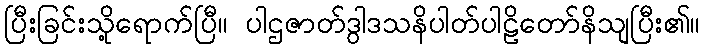
ပြီးခြင်းသို့ရောက်ပြီ။ ပါဌဇာတ်ဒွါဒသနိပါတ်ပါဠိတော်နိသျပြီး၏။